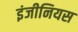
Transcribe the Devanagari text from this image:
इंजीनियस